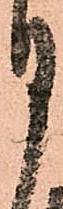
月